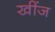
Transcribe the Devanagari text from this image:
खींज